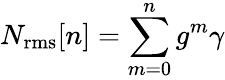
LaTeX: N_{\mathrm{rms}}[n]=\sum_{m=0}^{n}g^{m}\gamma